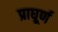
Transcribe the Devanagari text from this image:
प्राघूर्ण